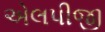
એલપીજી